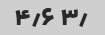
۳٫ ۴٫۶